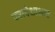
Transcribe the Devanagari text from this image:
परापेक्षाभाव